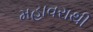
મહાવરાથી